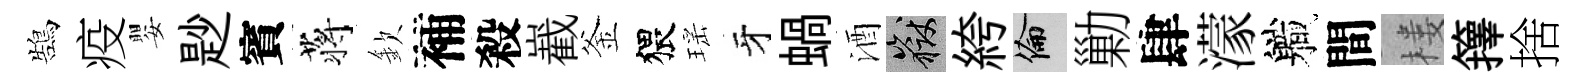
鵠疫嬰尟賓蒋欽補殺嶻釜猥瑶牙蝸酒岳絝倫勦肆濛軄間楼籜捨